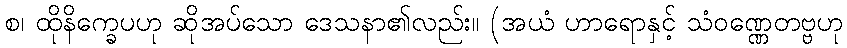
စ၊ ထိုနိက္ခေပဟု ဆိုအပ်သော ဒေသနာ၏လည်း။ (အယံ ဟာရောနှင့် သံဝဏ္ဏေတဗ္ဗဟု